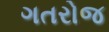
ગતરોજ